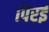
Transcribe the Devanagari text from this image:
पिरई